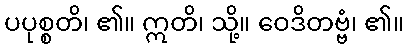
ပပုစ္စတိ၊ ၏။ ဣတိ၊ သို့။ ဝေဒိတဗ္ဗံ၊ ၏။